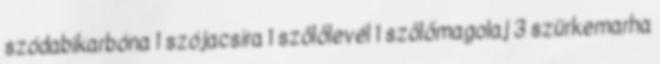
szódabikarbóna 1 szójacsíra 1 szőlőlevél 1 szőlőmagolaj 3 szürkemarha